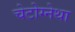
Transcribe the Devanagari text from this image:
चेटोग्नेथा